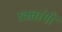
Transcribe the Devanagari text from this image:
रक्तांगी